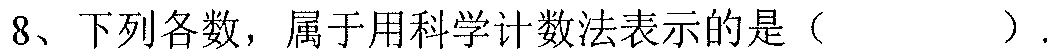
8、下列各数，属于用科学计数法表示的是（  ）.